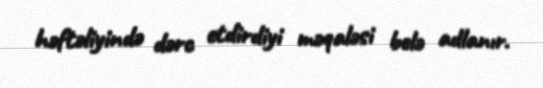
həftəliyində dərc etdirdiyi məqaləsi belə adlanır.